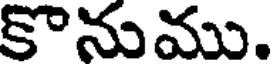
కొనుము.